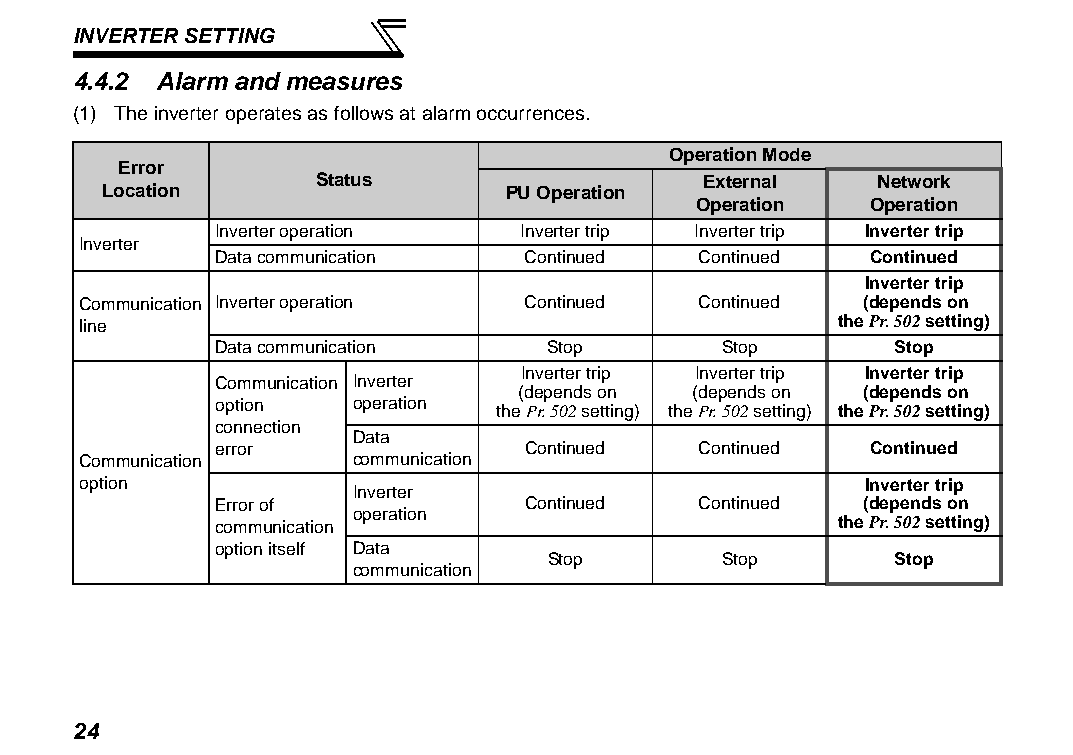
INVERTER SETTING
 4.4.2 Alarm and measures
 (1) The inverter operates as follows at alarm occurrences.
 Operation Mode
 Error
 Status                   External    Network
 Location                   PU Operation
 Operation  Operation
 Inverter operation  Inverter trip Inverter trip Inverter trip
 Inverter
 Data communication  Continued   Continued  Continued
 Inverter trip
 Communication Inverter operation Continued Continued (depends on
 line                                              the Pr. 502 setting)
 Data communication    Stop       Stop        Stop
 Inverter trip Inverter trip Inverter trip
 Communication Inverter
 (depends on (depends on (depends on
 option   operation the Pr. 502 setting) the Pr. 502 setting) the Pr. 502 setting)
 connection
 Data
 error               Continued   Continued  Continued
 Communication     communication
 option                                              Inverter trip
 Inverter
 Error of            Continued   Continued  (depends on
 operation
 communication                            the Pr. 502 setting)
 option itself Data
 Stop       Stop        Stop
 communication
 24